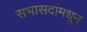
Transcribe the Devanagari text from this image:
सभासदांमधून